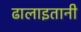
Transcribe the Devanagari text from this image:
ढालाइतानी